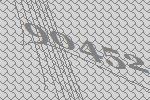
90452